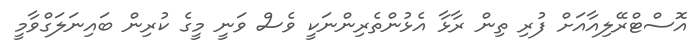
އޮސްޓްރޭލިއާއަށް ފުރި ތިން ރާޅާ އެޅުންތެރިންނަކީ ވެސް ވަނީ މީގެ ކުރިން ބައިނަލަގްވާމީ